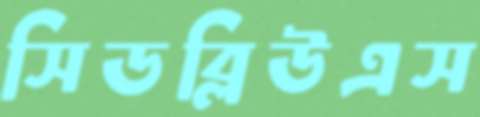
সিডব্লিউএস